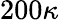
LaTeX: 200\kappa